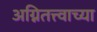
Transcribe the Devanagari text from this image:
अग्नितत्त्वाच्या